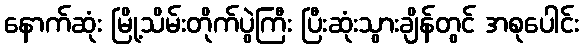
နောက်ဆုံး မြို့သိမ်းတိုက်ပွဲကြီး ပြီးဆုံးသွားချိန်တွင် အစုပေါင်း